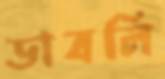
ডাবলি